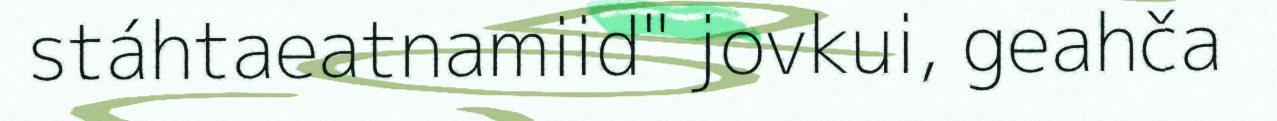
stáhtaeatnamiid" jovkui, geahča